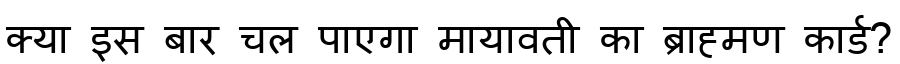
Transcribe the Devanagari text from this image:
क्या इस बार चल पाएगा मायावती का ब्राह्मण कार्ड?